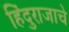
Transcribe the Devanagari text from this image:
हिंदुराजाचे